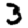
Digit: 3